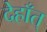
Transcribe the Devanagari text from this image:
देहाँत्